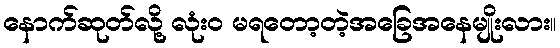
နောက်ဆုတ်လို့ လုံး၀ မရတော့တဲ့အခြေအနေမျိုးလား။